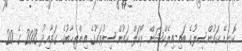
ކޮނޑޭ ކައުންސިލުގެ ބައި-އިލެކްޝަން ލޯކަލް ކައުންސިލުތަކުގެ އިންތިޚާބުގެ ގަވާއިދު 2013 ގެ 20